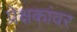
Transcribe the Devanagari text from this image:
प्रेक्षकांवर